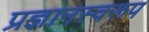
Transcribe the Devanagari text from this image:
प्रज्ञानस्वरूप